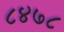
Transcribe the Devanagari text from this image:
८४७८